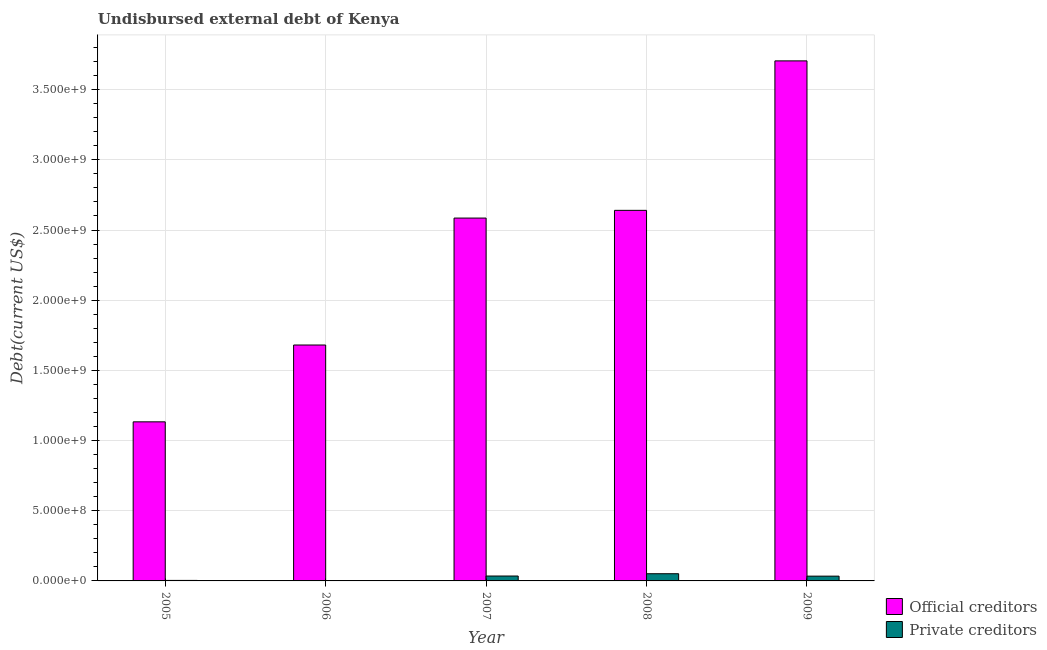
| Year | Official creditors | Private creditors |
 | --- | --- | --- |
 | 2005 | 1.13e+09 | 3.59e+06 |
 | 2006 | 1.68e+09 | 1.14e+06 |
 | 2007 | 2.58e+09 | 3.49e+07 |
 | 2008 | 2.64e+09 | 5.12e+07 |
 | 2009 | 3.7e+09 | 3.4e+07 |